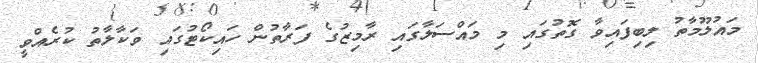
މައުލޫމާތު ލިބިފައިވާ ގޮތުގައި މި މައްސަލާގައި ރާމިޒުގެ ފަރާތުން ހައިކޯޓުގައި ވަކާލާތު ކުރެއްވީ